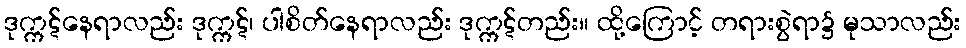
ဒုက္ကဋ်နေရာလည်း ဒုက္ကဋ်၊ ပါစိတ်နေရာလည်း ဒုက္ကဋ်တည်း။ ထို့ကြောင့် တရားစွဲရာ၌ မုသာလည်း